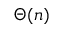
\Theta ( n )